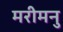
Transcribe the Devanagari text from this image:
मरीमनु